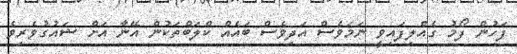
ފަހުން ފޯމު ގެއްލިފައިވީ ނަމަވެސް އަދިވެސް ބައެއް ކްލަބްތަކުން އޭނާ އަށް ޝައުގުވެރިވެ